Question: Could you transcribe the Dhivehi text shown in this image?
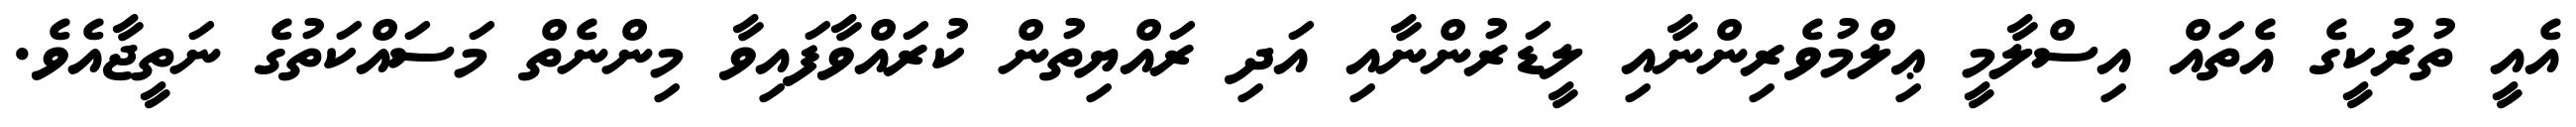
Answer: އެއީ ތުރުކީގެ އެތައް އިސްލާމީ ޢިލްމުވެރިންނާއި ލީޑަރުންނާއި އަދި ރައްޔިތުން ކުރައްވާފައިވާ މިންނެތް މަސައްކަތުގެ ނަތީޖާއެވެ.